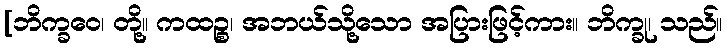
[ဘိက္ခဝေ၊ တို့။ ကထဉ္စ၊ အဘယ်သို့သော အပြားဖြင့်ကား။ ဘိက္ခု၊ သည်။